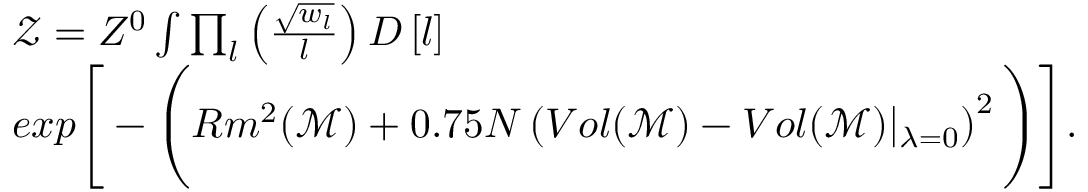
\begin{array} { r l } & { \mathcal { Z } = Z ^ { 0 } \int \prod _ { l } \left( \frac { \sqrt { w _ { l } } } { l } \right) D \left[ l \right] } \\ & { e x p \Bigg [ - \Bigg ( R m ^ { 2 } ( \mathcal { M } ) + 0 . 7 5 N \left( V o l ( \mathcal { M } ) - V o l ( \mathcal { M } ) \vert _ { \lambda = 0 } \right) ^ { 2 } \Bigg ) \Bigg ] . } \end{array}